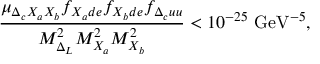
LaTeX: { \frac { \mu _ { \Delta _ { c } X _ { a } X _ { b } } f _ { X _ { a } d e } f _ { X _ { b } d e } f _ { \Delta _ { c } u u } } { M _ { \Delta _ { L } } ^ { 2 } M _ { X _ { a } } ^ { 2 } M _ { X _ { b } } ^ { 2 } } } < 1 0 ^ { - 2 5 } ~ \mathrm { G e V } ^ { - 5 } ,